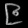
Digit: ၉